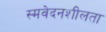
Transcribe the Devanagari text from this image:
स्मवेदनशीलता